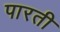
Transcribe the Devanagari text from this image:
पारती